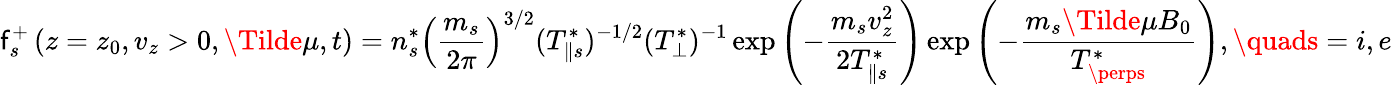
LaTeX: \mathsf{f}_{s}^{+}\left(z=z_{0},v_{z}>0,\Tilde{\mu},t\right)=n_{s}^{*}\left(\frac{{m_{s}}}{{2\pi}}\right)^{3/2}(T_{\| s}^{*})^{-1/2}(T_{\perp}^{*})^{-1}\exp\left(-\frac{{m_{s}v_{z}^{2}}}{{2T_{\| s}^{*}}}\right)\exp\left(-\frac{{m_{s}\Tilde{\mu}B_{0}}}{{T_{\perps}^{*}}}\right),\quads=i,e